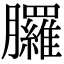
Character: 𦣇